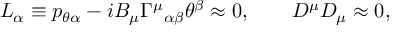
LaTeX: L _ { \alpha } \equiv p _ { \theta \alpha } - i B _ { \mu } { \Gamma ^ { \mu } } _ { \alpha \beta } \theta ^ { \beta } \approx 0 , \qquad D ^ { \mu } D _ { \mu } \approx 0 ,